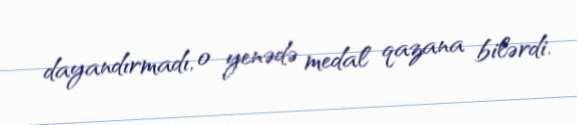
dayandırmadı, o yenədə medal qazana bilərdi.